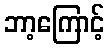
ဘာ့ကြောင့်